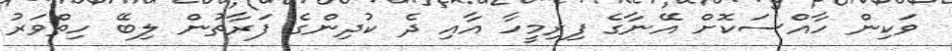
ވަކިން ހާއްސަކޮށް އޭނާގެ ފިރިމީހާ އާއި ދެ ކުދިންގެ ފަރާތުން ލިބޭ ހިތްވަރު